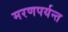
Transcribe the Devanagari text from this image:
मरणपर्यन्त